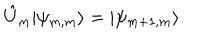
\hat { U } _ { m } | \psi _ { m , m } \rangle = | \psi _ { m + 1 , m } \rangle .